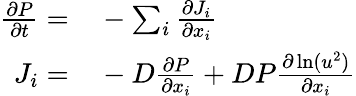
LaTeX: \begin{array}{rl}{\frac{\partial P}{\partial t}=}&{{}-\sum_{i}\frac{\partial J_{i}}{\partial x_{i}}}\\ {J_{i}=}&{{}-D\frac{\partial P}{\partial x_{i}}+DP\frac{\partial\ln(u^{2})}{\partial x_{i}}}\end{array}